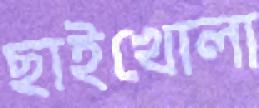
ছাইখোলা